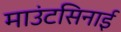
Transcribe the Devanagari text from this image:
माउंटसिनाई